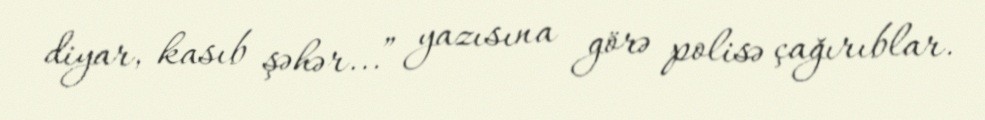
diyar, kasıb şəhər...” yazısına görə polisə çağırıblar.